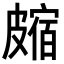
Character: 𥀝